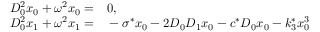
\begin{array} { r l } { D _ { 0 } ^ { 2 } x _ { 0 } + \omega ^ { 2 } x _ { 0 } = } & { { } 0 , } \\ { D _ { 0 } ^ { 2 } x _ { 1 } + \omega ^ { 2 } x _ { 1 } = } & { { } - \sigma ^ { * } x _ { 0 } - 2 D _ { 0 } D _ { 1 } x _ { 0 } - c ^ { * } D _ { 0 } x _ { 0 } - k _ { 3 } ^ { * } x _ { 0 } ^ { 3 } } \end{array}